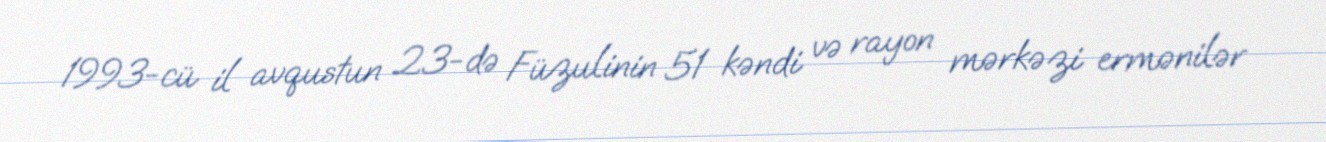
1993-cü il avqustun 23-də Füzulinin 51 kəndi və rayon mərkəzi ermənilər